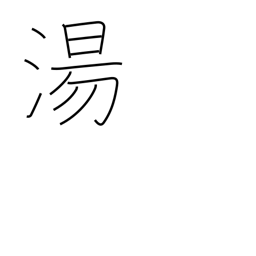
Meaning: hot spring